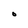
Character: O